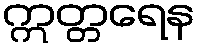
ဣတ္တရေန